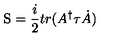
\mathrm { \boldmath S } = \frac { i } { 2 } t r ( A ^ { \dag } \mathrm { \boldmath \tau } \dot { A } )